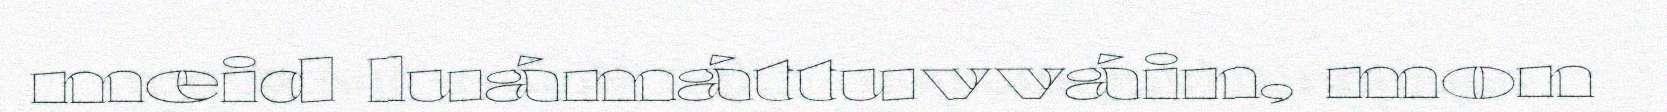
meid luámáttuvváin, mon